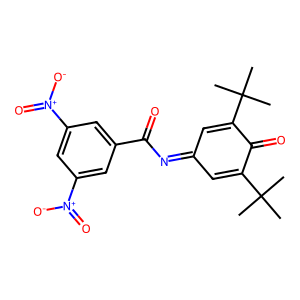
SMILES: CC(C)(C)C1=CC(=NC(=O)c2cc([N+](=O)[O-])cc([N+](=O)[O-])c2)C=C(C(C)(C)C)C1=O
Inhibits HIV replication: No